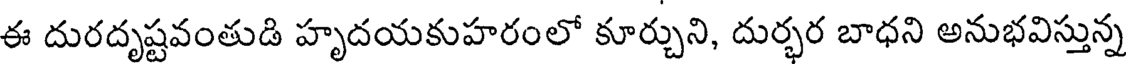
ఈ దురదృష్టవంతుడి హృదయకుహరంలో కూర్చుని, దుర్భర బాధని అనుభవిస్తున్న